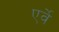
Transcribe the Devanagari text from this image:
एर्वे